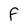
Character: F